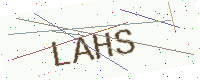
Text: LAHS